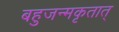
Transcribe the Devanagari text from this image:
बहुजन्मकृतात्